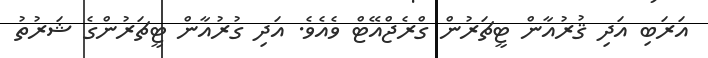
އަރަބި އަދި ޤުރުއާން ޓީޗަރުން ގްރެޖްއޭޓް ވެއެވެ. އަދި ގުރުއާން ޓީޗަރުންގެ ޝަރުތު